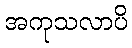
အကုသလာပိ